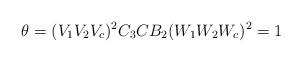
LaTeX: \begin{align*}\theta = (V_{1} V_{2} V_{c})^{2}C_{3}CB_{2} (W_{1} W_{2} W_{c})^{2} &= 1 \end{align*}